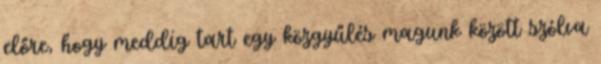
előre, hogy meddig tart egy közgyűlés magunk között szólva